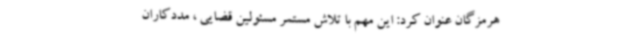
هرمزگان عنوان کرد: این مهم با تلاش مستمر مسئولین قضایی ، مددکاران